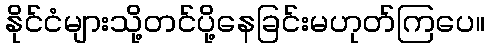
နိုင်ငံများသို့တင်ပို့နေခြင်းမဟုတ်ကြပေ။